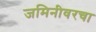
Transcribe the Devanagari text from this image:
जमिनीवरचा